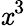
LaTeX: \mathit{x}^{3}